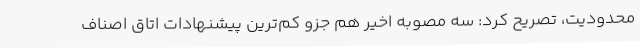
محدودیت، تصریح کرد: سه مصوبه اخیر هم جزو کم‌ترین پیشنهادات اتاق اصناف